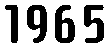
1965